Account of plague administration in the Bombay Presidency from September 1896 till May 1897
Year: 1896
Disease focus: Plague
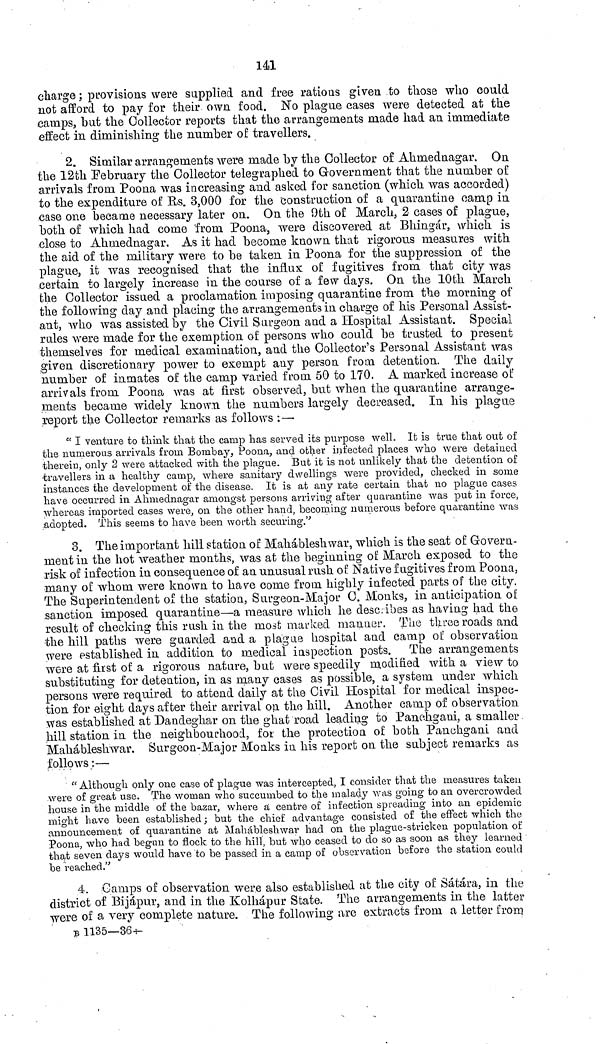
141
charge ; provisions were supplied and free rations given to those who could
not afford to pay for their own food. No plague cases were detected at the
camps, but the Collector reports that the arrangements made had an immediate
effect in diminishing the number of travellers.
2. Similar arrangements were made by the Collector of Ahmednagar. On
the 12th February the Collector telegraphed to Government that the number of
arrivals from. Poona was increasing and asked for sanction (which was accorded)
to the expenditure of Us. 3,000 for the 'construction of a quarantine camp in
case one became necessary later on. On the 9th of March, 2 cases of plague,
both of which had come 'from Poona, were discovered at Bhingár, which is
close to Ahmednagar. As it had become known that rigorous measures with
the aid of the military were to be taken in Poona for the suppression of the
plague, it was recognised that the influx of fugitives from, that city was
certain to largely increase in the course of a few days. On the 10th March
the Collector issued a proclamation imposing quarantine from the morning of
the following day and placing the arrangements in charge of his Personal Assist-
ant, who was assisted by the Civil Surgeon and a Hospital Assistant. Special
rales were made for the exemption of persons who could be trusted to present
themselves for medical examination, and the Collector's Personal Assistant was
given discretionary power to exempt any person from detention. The daily
number of inmates of the camp varied from 50 to 170. A marked increase of
arrivals from Poona was at first observed, but when the quarantine arrange-
ments became widely known the numbers largely decreased. In his plague
report the Collector remarks as follows : —
" I venture to think that the camp has served its purpose well. It is true that out of
the numerous arrivals from Bombay, Poona, and other infected places who were detained
therein, only 2 were attacked with the plague. But it is not unlikely that the detention of
travellers in a healthy camp, where sanitary dwellings were provided, checked in some
instances the development of the disease. It is at any rate certain that no plague cases
have occurred in Ahmednagar amongst persons arriving after quarantine was put in force,
whereas imported cases were, on the other hand, becoming numerous before quarantine was
adopted. This seems to have been worth securing."
3. The important hill station of Mahábleshwar, which is the seat of Govern-
nient in the hot weather months, was at the beginning of March exposed to the
risk of infection in consequence of an unusual rush of Native fugitives from Poona,
many of whom were known to have come from highly infected parts of the city.
The Superintendent of the station, Surgeon-Major C. Monks, in anticipation of
sanction imposed quarantine—a measure which he describes as having had the
result of checking this rush in the most marked manner. The three roads and
the hill paths were guarded and a plague hospital and camp of observation
were established in addition to medical inspection posts. The arrangements
were at first of a rigorous nature, but were speedily modified with a view to
substituting for detention, in as many cases as possible, a system under which
persons were required to attend daily at the Civil Hospital for medical inspec-
tion for eight days after their arrival on the bill. Another camp of observation
was established at Dandeghar on the ghat road leading to Panchgani, a smaller
hill station in the neighbourhood, for the protection of both Panuhgani and
Mahábleshwar. Surgeon-Major Monks in his report on the subject remarks as
follows :—
" Although only one case of plague was intercepted, I consider that the measures taken
were of great use. The woman who succumbed to the malady was going to an overcrowded
house in the middle of the bazar, where à centre of infection spreading into an epidemic
might have been established ; but the chief advantage consisted of the effect which the
announcement of quarantine at Mahábleshwar had on the plague-stricken population of
Poona, who had begun to flock to the hill, but who ceased to do so as soon as they learned
that seven days would have to be passed in a camp of observation before the station could
be reached."
4. Camps of observation were also established at the city of Sátára, in the
district of Bijápur, and in the Kolhápur State. The arrangements in the latter
were of a very complete nature. The following are extracts from a letter from
B 1135—36--